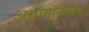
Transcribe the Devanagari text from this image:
असामान्याच्या